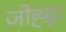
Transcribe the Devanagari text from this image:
जोह्ड़ा